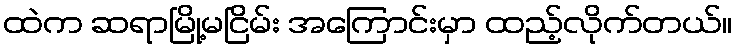
ထဲက ဆရာမြို့မငြိမ်း အကြောင်းမှာ ထည့်လိုက်တယ်။